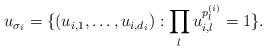
LaTeX: \begin{align*}u_{\sigma_i}=\{ (u_{i,1}, \ldots, u_{i,d_i}): \prod_l u_{i,l}^{p_l^{(i)}}=1 \}. \end{align*}